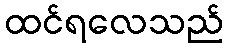
ထင်ရလေသည်